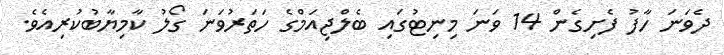
ދެވަނަ ހާފު ފެށިގެން 14 ވަނަ މިނިޓުގައި ބެލްޖިއަމްގެ ހަތަރުވަނަ ގޯލު ކާމިޔާބުކުރިއެވެ.